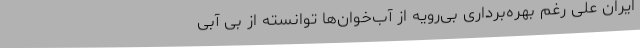
ایران علی رغم بهره‌برداری بی‌رویه از آب‌خوان‌ها توانسته‌ از بی‌ آبی